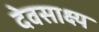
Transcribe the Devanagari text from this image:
देवसाक्ष्य